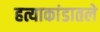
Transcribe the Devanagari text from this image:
हत्याकांडातले